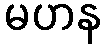
မဟန